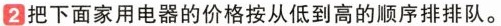
2把下面家用电器的价格按从低到高的顺序排排队。